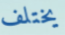
يختلف